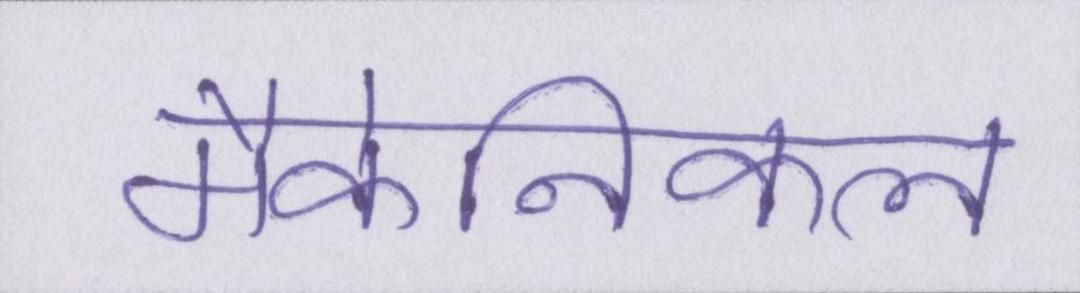
मैकेनिकल